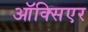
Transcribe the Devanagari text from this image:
ऑक्सिएर